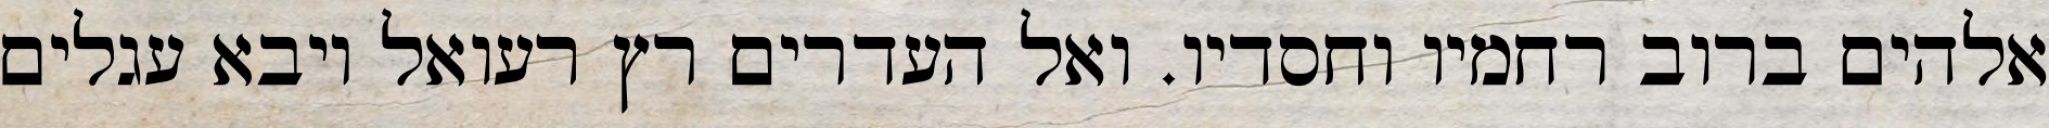
אלהים ברוב רחמיו וחסדיו. ואל העדרים רץ רעואל ויבא עגלים